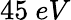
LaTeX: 45~eV